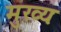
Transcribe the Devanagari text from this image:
मुख्यः